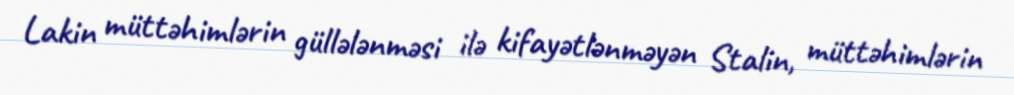
Lakin müttəhimlərin güllələnməsi ilə kifayətlənməyən Stalin, müttəhimlərin